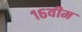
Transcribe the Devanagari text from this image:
१६वीम